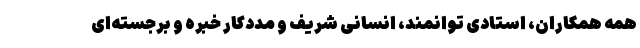
همه همکاران، استادی توانمند، انسانی شریف و مددکار خبره‌ و برجسته‌ای